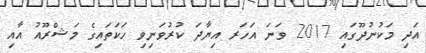
އަދި މަކުނުދޫގައި 2017 ވަނަ އަހަރ އިޔާދަ ކުރުވަނިވި ހަކަތައިގެ މަޝްރޫއު އާއި